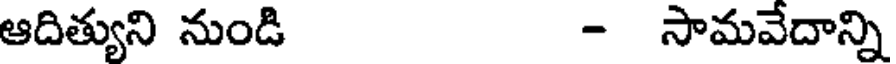
ఆదిత్యుని నుండి - సామవేదాన్ని